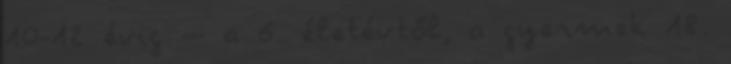
10-12 évig – a 6. életévtől, a gyermek 18.